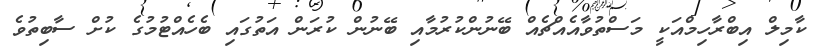
ކާމިލް އިބްރާހިމްއަކީ މަސްތުވާއެއްޗެއް ބޭނުންކުރުމާއި ބޭނުން ކުރަން އަތުގައި ބެހެއްޓުމުގެ ކުށް ސާބިތުވެ